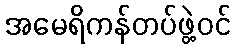
အမေရိကန်တပ်ဖွဲ့ဝင်